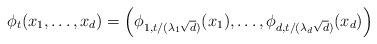
LaTeX: \begin{align*} \phi_t(x_1,\dotsc, x_d) = \left( \phi_{1,t/(\lambda_1\sqrt{d})}(x_1), \dotsc, \phi_{d,t/(\lambda_d\sqrt{d})}(x_d) \right)\end{align*}